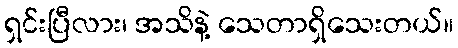
ရှင်းပြီလား၊ အသိနဲ့ သေတာရှိသေးတယ်။